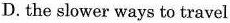
D.the slower ways to travel